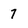
Character: 7